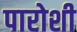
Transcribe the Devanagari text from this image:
पारोशी